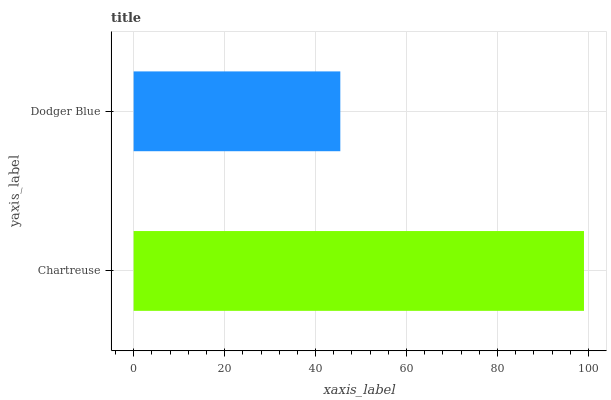
| yaxis_label | bars |
 | --- | --- |
 | Chartreuse | 99 |
 | Dodger Blue | 45.4 |